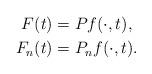
LaTeX: \begin{align*}F(t) &= P f(\cdot, t),\\F_n(t) &= P_n f(\cdot, t).\end{align*}